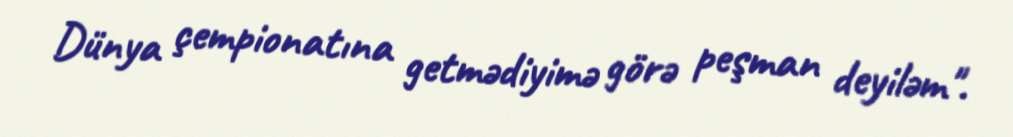
Dünya çempionatına getmədiyimə görə peşman deyiləm".